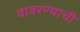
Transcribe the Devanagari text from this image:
वावरण्याची